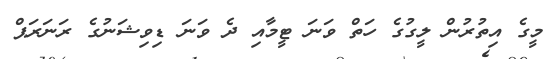
މީގެ އިތުރުން ލީގުގެ ހަތް ވަނަ ޓީމާއި ދެ ވަނަ ޑިވިޝަނުގެ ރަނަރަޕް